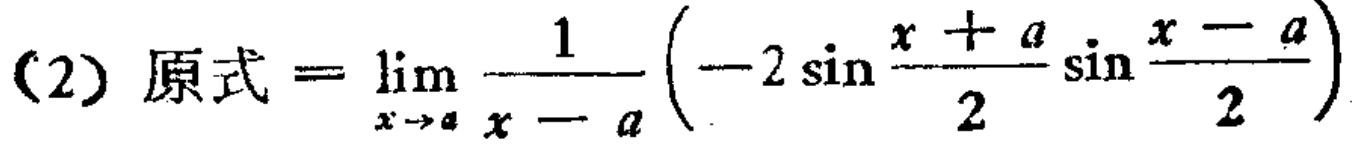
(2) 原式$=\lim_{x \to a} \frac{1}{x - a}\left(-2\sin\frac{x + a}{2}\sin\frac{x - a}{2}\right)$